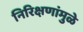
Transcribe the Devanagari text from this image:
निरिक्षणांमुळे